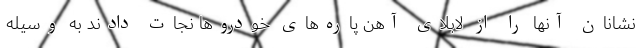
نشانان آنها را از لابلای آهن پاره‌های خودروها نجات دادند به وسیله